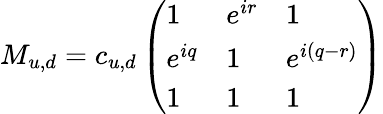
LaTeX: M_{u,d}=c_{u,d}\left(\begin{array}{lll}{{1}}&{{e^{ir}}}&{{1}}\\ {{e^{iq}}}&{{1}}&{{e^{i(q-r)}}}\\ {{1}}&{{1}}&{{1}}\end{array}\right)